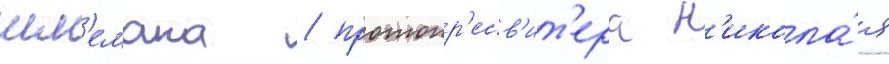
шм'емана / протопр'есв'ит'ера н'икола́я